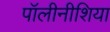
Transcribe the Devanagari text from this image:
पॉलीनीशिया